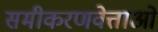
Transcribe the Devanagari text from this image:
समीकरणवेत्ताओं